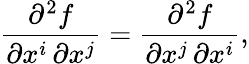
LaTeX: {\frac{\partial^{2}f}{\partial x^{i}\, \partial x^{j}}}={\frac{\partial^{2}f}{\partial x^{j}\, \partial x^{i}}},